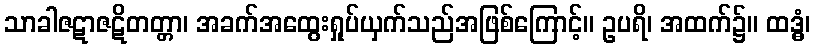
သာခါဇဋာဇဋိတတ္တာ၊ အခက်အထွေးရှုပ်ယှက်သည်အဖြစ်ကြောင့်။ ဥပရိ၊ အထက်၌။ ထဒ္ဓံ၊